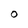
Character: O